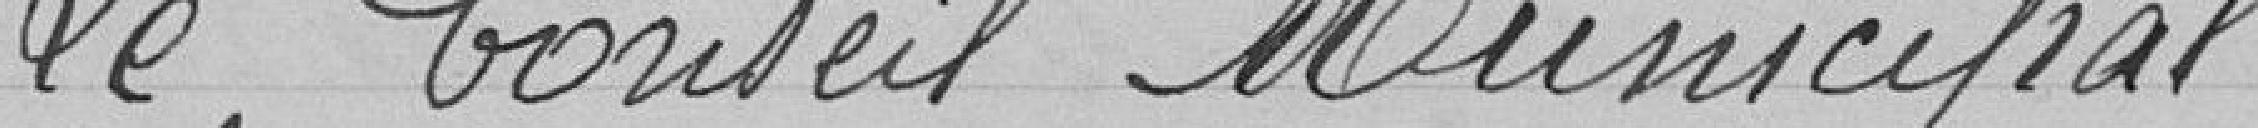
Le Conseil Municipal